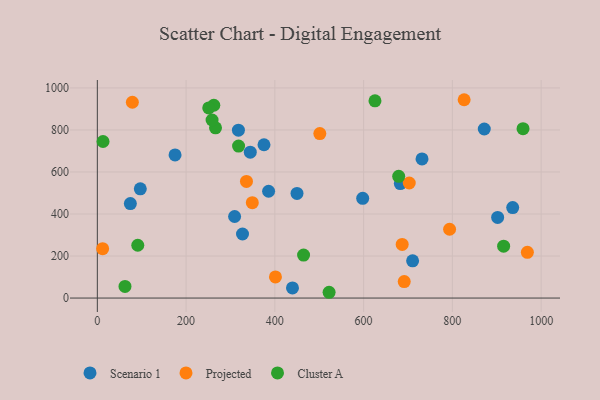
{"axis": {"x": "Experience", "y": "Demand"}, "legend": ["Cluster A", "Projected", "Scenario 1"], "data": [{"x": "449.9", "y": 497.8, "type": "Scenario 1"}, {"x": "344.6", "y": 694.1, "type": "Scenario 1"}, {"x": "902.0", "y": 383.5, "type": "Scenario 1"}, {"x": "309.3", "y": 388.1, "type": "Scenario 1"}, {"x": "935.9", "y": 430.7, "type": "Scenario 1"}, {"x": "731.6", "y": 662.2, "type": "Scenario 1"}, {"x": "317.9", "y": 798.7, "type": "Scenario 1"}, {"x": "385.9", "y": 508.3, "type": "Scenario 1"}, {"x": "327.1", "y": 304.9, "type": "Scenario 1"}, {"x": "597.9", "y": 474.6, "type": "Scenario 1"}, {"x": "710.4", "y": 177.0, "type": "Scenario 1"}, {"x": "96.8", "y": 519.7, "type": "Scenario 1"}, {"x": "871.9", "y": 804.4, "type": "Scenario 1"}, {"x": "439.7", "y": 48.0, "type": "Scenario 1"}, {"x": "74.4", "y": 449.7, "type": "Scenario 1"}, {"x": "682.7", "y": 545.0, "type": "Scenario 1"}, {"x": "175.1", "y": 680.9, "type": "Scenario 1"}, {"x": "375.5", "y": 729.5, "type": "Scenario 1"}, {"x": "686.9", "y": 255.0, "type": "Projected"}, {"x": "702.8", "y": 547.6, "type": "Projected"}, {"x": "11.9", "y": 235.2, "type": "Projected"}, {"x": "793.7", "y": 327.4, "type": "Projected"}, {"x": "401.3", "y": 100.4, "type": "Projected"}, {"x": "969.0", "y": 217.7, "type": "Projected"}, {"x": "78.9", "y": 931.9, "type": "Projected"}, {"x": "691.5", "y": 78.6, "type": "Projected"}, {"x": "336.0", "y": 554.8, "type": "Projected"}, {"x": "349.2", "y": 453.9, "type": "Projected"}, {"x": "501.3", "y": 782.9, "type": "Projected"}, {"x": "826.5", "y": 943.8, "type": "Projected"}, {"x": "262.4", "y": 917.5, "type": "Cluster A"}, {"x": "464.7", "y": 204.4, "type": "Cluster A"}, {"x": "266.3", "y": 809.9, "type": "Cluster A"}, {"x": "915.5", "y": 246.8, "type": "Cluster A"}, {"x": "522.2", "y": 27.5, "type": "Cluster A"}, {"x": "258.5", "y": 847.3, "type": "Cluster A"}, {"x": "91.1", "y": 251.3, "type": "Cluster A"}, {"x": "251.0", "y": 904.7, "type": "Cluster A"}, {"x": "12.8", "y": 744.9, "type": "Cluster A"}, {"x": "959.2", "y": 806.2, "type": "Cluster A"}, {"x": "679.0", "y": 579.2, "type": "Cluster A"}, {"x": "318.2", "y": 723.0, "type": "Cluster A"}, {"x": "625.6", "y": 938.4, "type": "Cluster A"}, {"x": "62.3", "y": 55.5, "type": "Cluster A"}]}